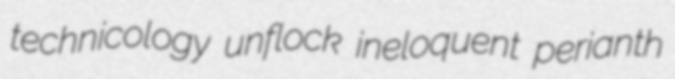
technicology unflock ineloquent perianth